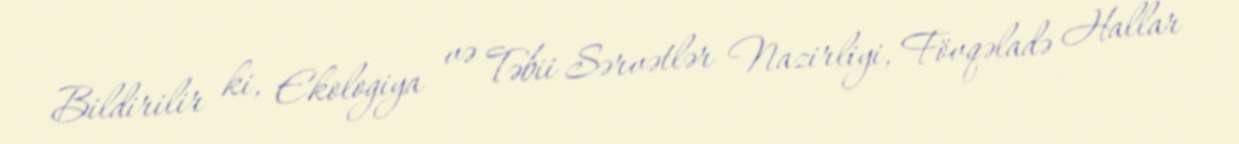
Bildirilir ki, Ekologiya və Təbii Sərvətlər Nazirliyi, Fövqəladə Hallar